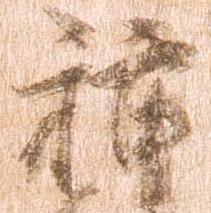
種